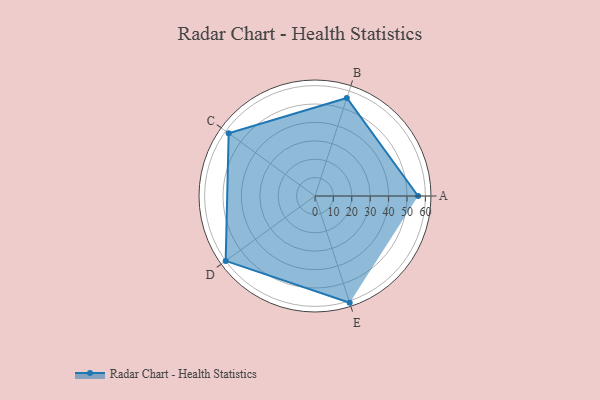
{"axis": {"x": "Skill", "y": "Score"}, "legend": ["Profile"], "data": [{"x": "A", "y": 56.0, "type": "Profile"}, {"x": "B", "y": 56.0, "type": "Profile"}, {"x": "C", "y": 58.0, "type": "Profile"}, {"x": "D", "y": 60.0, "type": "Profile"}, {"x": "E", "y": 61.0, "type": "Profile"}]}